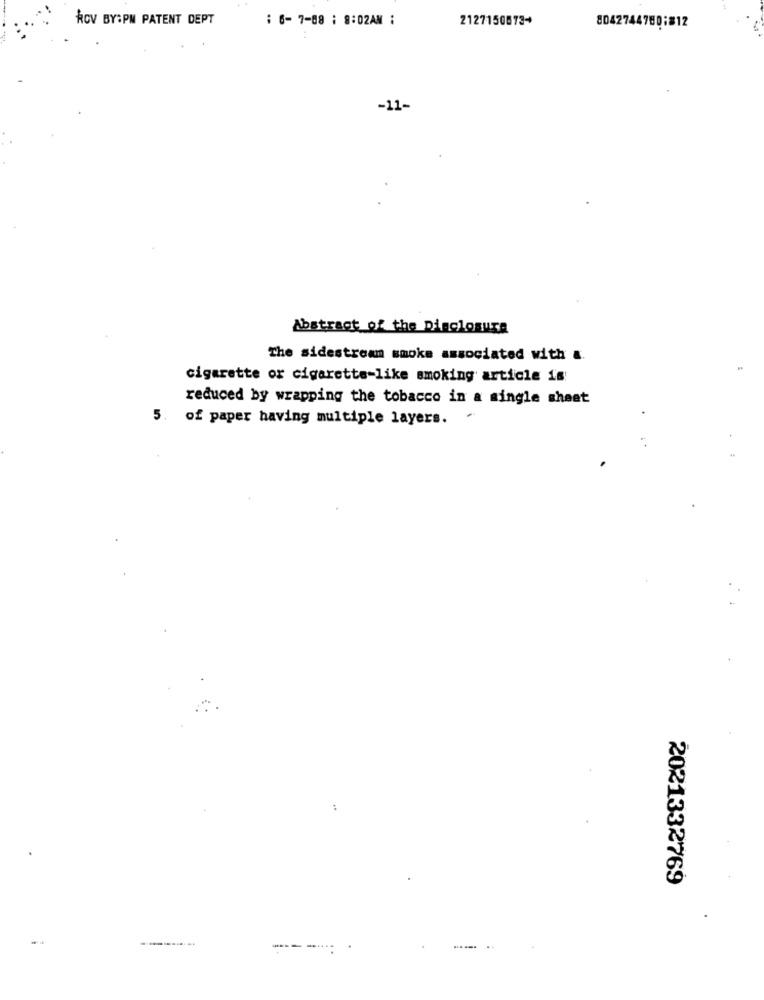
ROV BY:PM PATENT DEPT
: 6-7-08 : 8:02AM :
21271508734
8042744780;812
-11-
Abstract of the Disclosure
The sidestream smoke associated with &
cigarette or cigarette-like smoking article is!
reduced by wrapping the tobacco in a single sheet
5. of paper having multiple layers.
.
:
2021332769